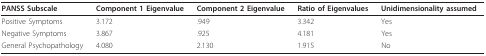
| PANSS Subscale | Component 1 Eigenvalue | Component 2 Eigenvalue | Ratio of Eigenvalues | Unidimensionality assumed |
 | --- | --- | --- | --- | --- |
 | Positive Symptoms | 3.172 | .949 | 3.342 | Yes |
 | Negative Symptoms | 3.867 | .925 | 4.181 | Yes |
 | General Psychopathology | 4.080 | 2.130 | 1.915 | No |